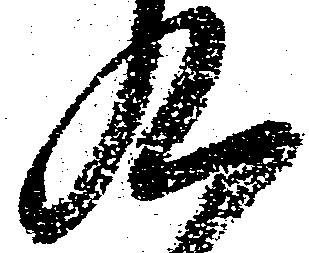
九